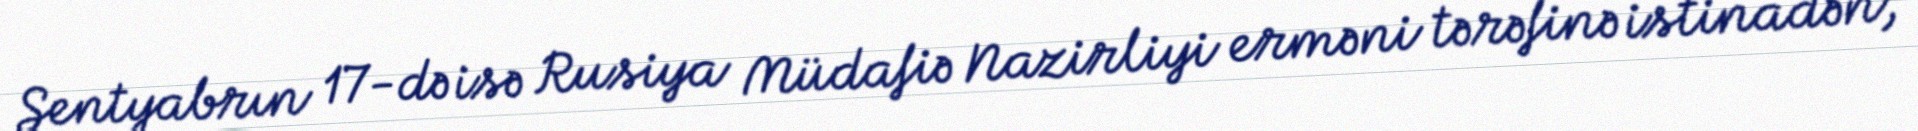
Sentyabrın 17-də isə Rusiya Müdafiə Nazirliyi erməni tərəfinə istinadən,